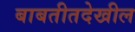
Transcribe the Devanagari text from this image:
बाबतीतदेखील